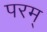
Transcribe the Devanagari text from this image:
परम्‌